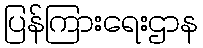
ပြန်ကြားရေးဌာန